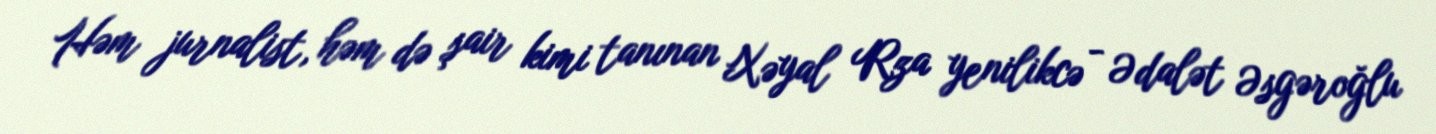
Həm jurnalist, həm də şair kimi tanınan Xəyal Rza yenilikcə - Ədalət Əsgəroğlu